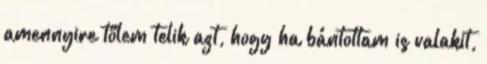
amennyire tőlem telik azt, hogy ha bántottam is valakit,